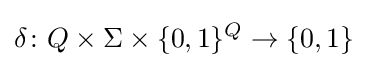
\delta \colon Q\times \Sigma \times \{0,1\}^{Q}\to \{0,1\}